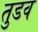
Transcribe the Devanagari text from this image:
तुडव